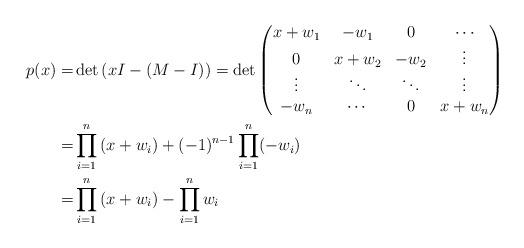
LaTeX: \begin{align*} p(x) =& \det\left(xI - (M-I)\right) = \det\begin{pmatrix} x+w_1 & -w_1 & 0 & \cdots \\ 0 & x + w_2 & -w_2 & \vdots \\ \vdots & \ddots & \ddots & \vdots \\ -w_n & \cdots & 0 & x+w_n \end{pmatrix} \\=& \prod\limits_{i = 1}^n \left(x+w_i\right) + (-1)^{n-1} \prod\limits_{i = 1}^n (-w_i) \\=& \prod\limits_{i = 1}^n \left(x+w_i\right) - \prod\limits_{i = 1}^n w_i \end{align*}